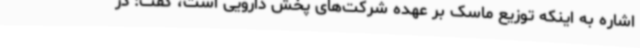
اشاره به اینکه توزیع ماسک بر عهده شرکت‌های پخش دارویی است، گفت: در